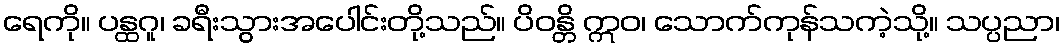
ရေကို။ ပန္ထဂူ၊ ခရီးသွားအပေါင်းတို့သည်။ ပိဝန္တိ ဣဝ၊ သောက်ကုန်သကဲ့သို့။ သပ္ပညာ၊